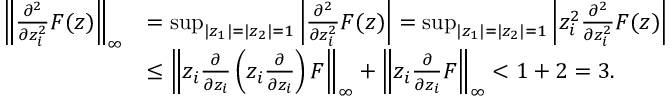
\begin{array} { r l } { \left\| \frac { \partial ^ { 2 } } { \partial z _ { i } ^ { 2 } } F ( z ) \right\| _ { \infty } } & { = \operatorname* { s u p } _ { | z _ { 1 } | = | z _ { 2 } | = 1 } \left| \frac { \partial ^ { 2 } } { \partial z _ { i } ^ { 2 } } F ( z ) \right| = \operatorname* { s u p } _ { | z _ { 1 } | = | z _ { 2 } | = 1 } \left| z _ { i } ^ { 2 } \frac { \partial ^ { 2 } } { \partial z _ { i } ^ { 2 } } F ( z ) \right| } \\ & { \leq \left\| z _ { i } \frac { \partial } { \partial z _ { i } } \left( z _ { i } \frac { \partial } { \partial z _ { i } } \right) F \right\| _ { \infty } + \left\| z _ { i } \frac { \partial } { \partial z _ { i } } F \right\| _ { \infty } < 1 + 2 = 3 . } \end{array}